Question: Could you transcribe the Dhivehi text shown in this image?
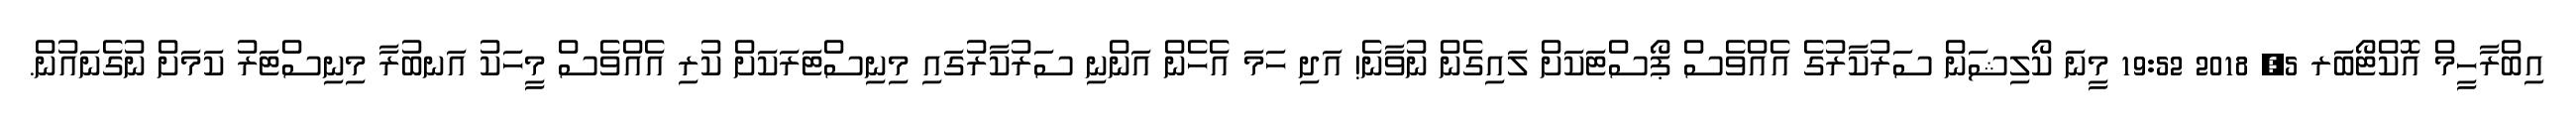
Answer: އިބްރާހީމް އޮކްޓޯބަރ 5, 2018 19:52 މީނަ ކޯލިޝަން ސަރުކާރުގެ އެއްވެސް ޕޯސްޓަކަށް ލައިގެން ނުވާނެ! އަދި ހަމަ އެހެން އަންނި ސަރުކާރުގައި މިނިސްޓަރަކަށް ކުރި އެއްވެސް މީހަކު އަނބުރާ މިނިސްޓަރު ކަމަށް ނުގެނައުން.